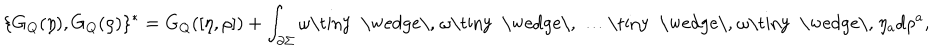
\{ G _ { Q } ( \eta ) , G _ { Q } ( \rho ) \} ^ { * } = G _ { Q } ( [ \eta , \rho ] ) + \int _ { \partial \Sigma } \omega \mathrm { \tiny ~ \wedge \, ~ } \omega \mathrm { \tiny ~ \wedge \, ~ } \dots \mathrm { \tiny ~ \wedge \, ~ } \omega \mathrm { \tiny ~ \wedge \, ~ } \eta _ { a } d \rho ^ { a } ,